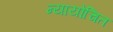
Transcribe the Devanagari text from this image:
न्‍यायोचित